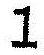
1